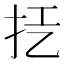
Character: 𢪞